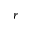
r